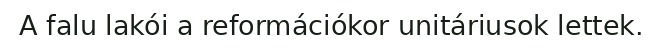
A falu lakói a reformációkor unitáriusok lettek.